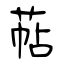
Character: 萜